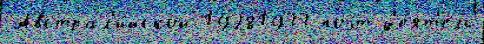
Австрал'и́йской 19281933 поэ́т д'е́ят'ель